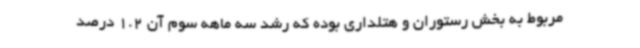
مربوط به بخش رستوران و هتلداری بوده که رشد سه ماهه سوم آن 1.2 درصد